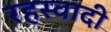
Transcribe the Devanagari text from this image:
रहस्वादी